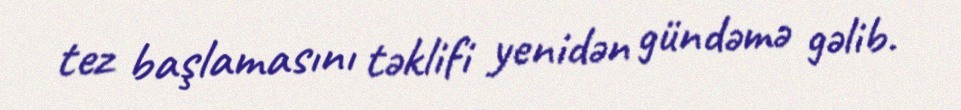
tez başlamasını təklifi yenidən gündəmə gəlib.